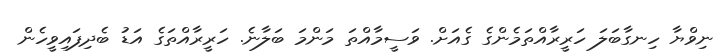
ނިވްޔާ ހިނގާބަލަ ހަރީރާއްތަމެންގެ ގެއަށް. ވަސީމާއްތަ މަންމަ ބަލާނެ. ހަރީރާއްތަގެ އަޑު ބެދިފައިވީހެން